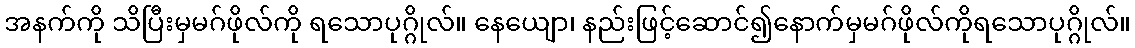
အနက်ကို သိပြီးမှမဂ်ဖိုလ်ကို ရသောပုဂ္ဂိုလ်။ နေယျော၊ နည်းဖြင့်ဆောင်၍နောက်မှမဂ်ဖိုလ်ကိုရသောပုဂ္ဂိုလ်။